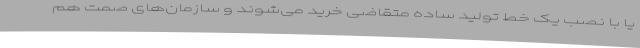
یا با نصب یک خط تولید ساده متقاضی خرید می‌شوند و سازمان‌های صمت هم